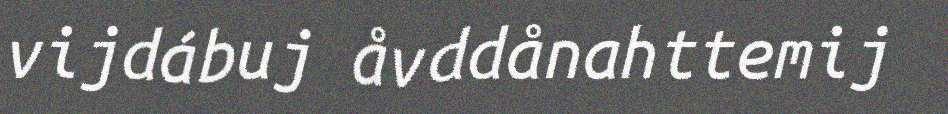
vijdábuj åvddånahttemij